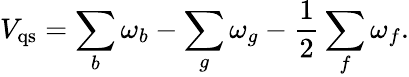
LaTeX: V_{\mathrm{qs}}=\sum_{b}\omega_{b}-\sum_{g}\omega_{g}-\frac{1}{2}\sum_{f}\omega_{f}.